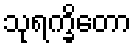
သုရက္ခိတော